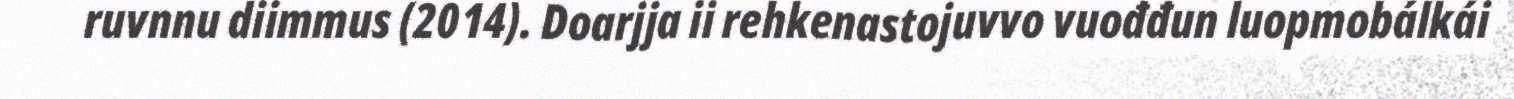
ruvnnu diimmus (2014). Doarjja ii rehkenastojuvvo vuođđun luopmobálkái